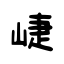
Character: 崨